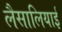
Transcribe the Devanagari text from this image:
लैसालियाई